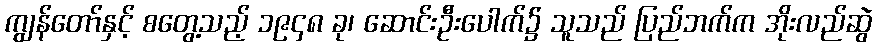
ကျွန်တော်နှင့် စတွေ့သည့် ၁၉၄၈ ခု၊ ဆောင်းဦးပေါက်၌ သူသည် ပြည်ဘက်က အိုးလည်ဆွဲ